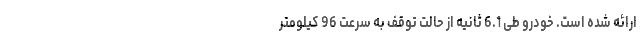
ارائه شده است. خودرو طی 6.1 ثانیه از حالت توقف به سرعت 96 کیلومتر